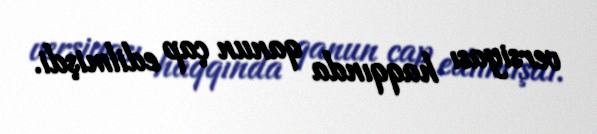
versiyası haqqında qanun çap edilmişdi.